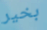
بخير